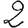
Digit: 2